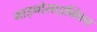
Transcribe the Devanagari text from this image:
माइनोसाइक्लिन